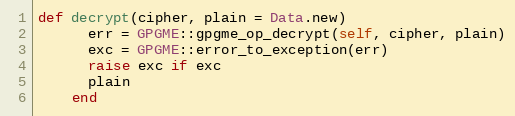
Language: Ruby
def decrypt(cipher, plain = Data.new)
      err = GPGME::gpgme_op_decrypt(self, cipher, plain)
      exc = GPGME::error_to_exception(err)
      raise exc if exc
      plain
    end